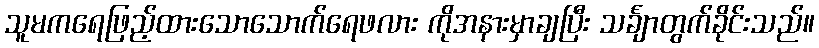
သူမကရေဖြည့်ထားသောသောက်ရေဖလား ကိုအနားမှာချပြီး သင်္ချာတွက်ခိုင်းသည်။